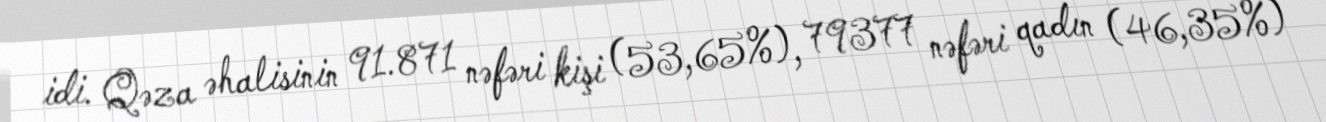
idi. Qəza əhalisinin 91.871 nəfəri kişi (53,65%), 79377 nəfəri qadın (46,35%)